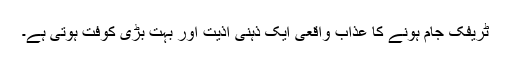
ٹریفک جام ہونے کا عذاب واقعی ایک ذہنی اذیت اور بہت بڑی کوفت ہوتی ہے۔